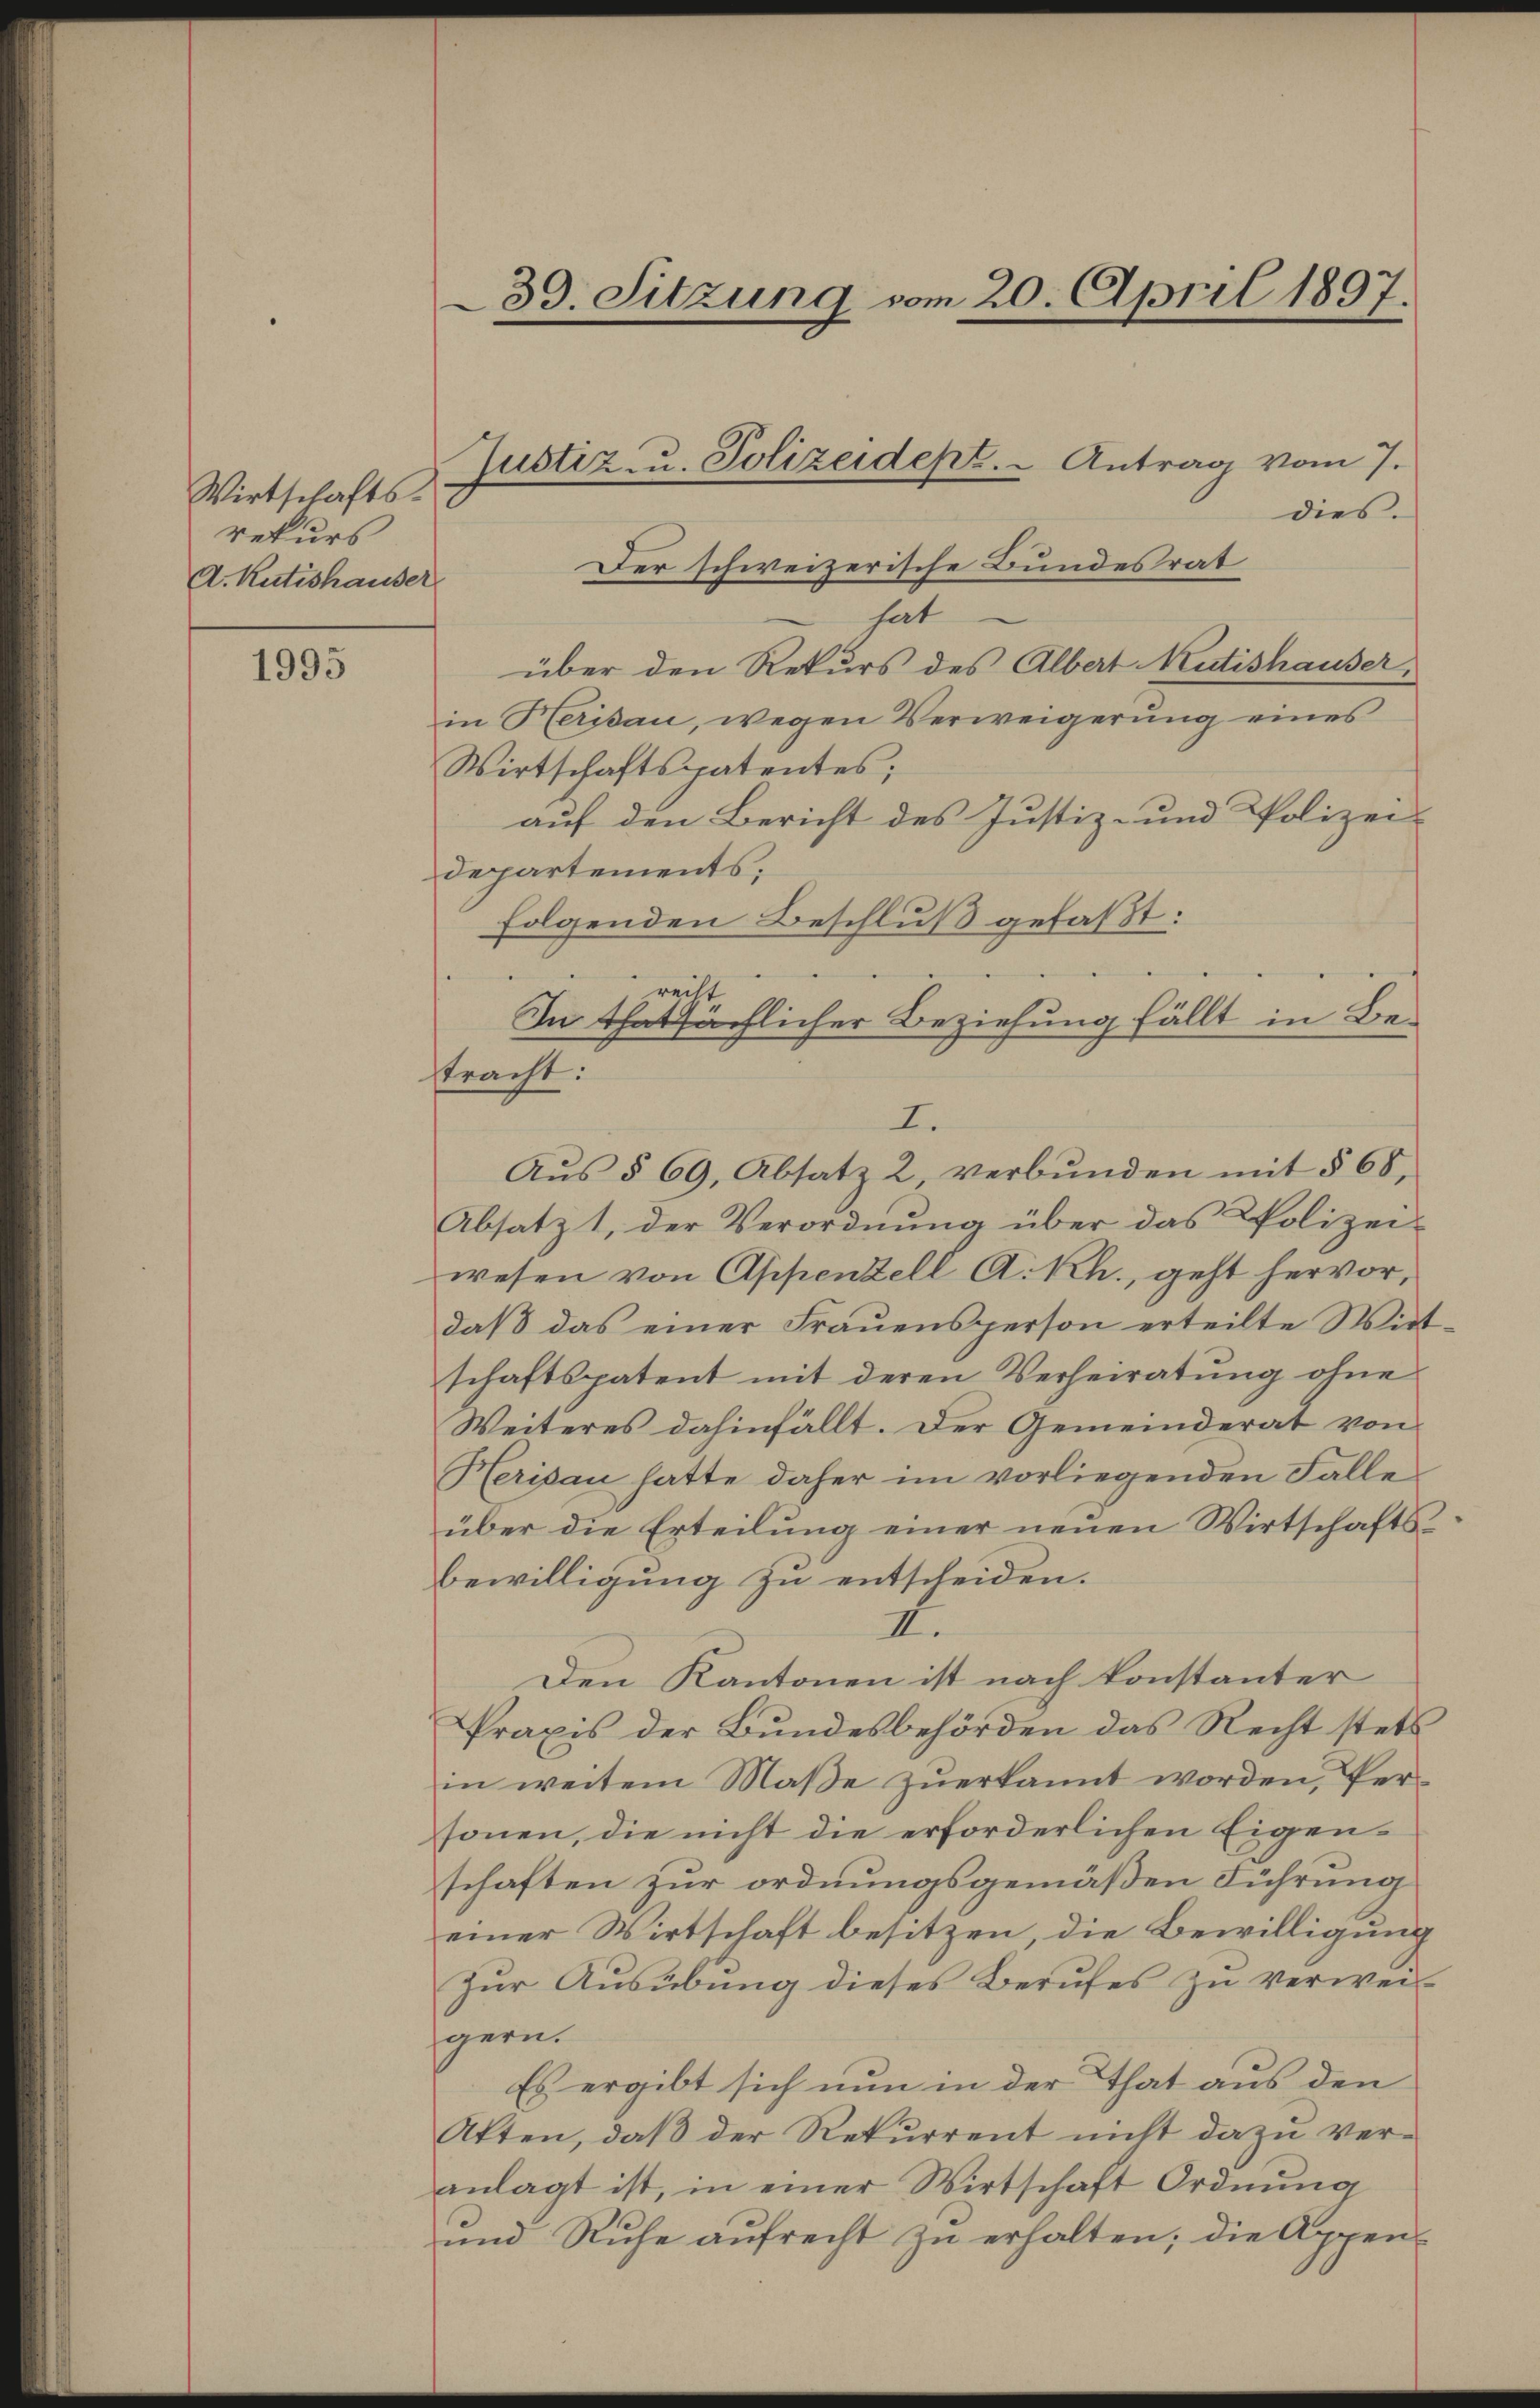
Wirtschafts-
rekurs
A. Rütishauser

1995

39. Sitzung vom 20. April 1897.

dies
Der schweizerische Bundesrat
hat
über den Rekurs des Albert Mutishauser,
in Herisau, wegen Verweigerung eines
Wirtschaftspatentes;
auf den Bericht des Justiz- und Polizeidepartements;
folgenden Beschluß gefaßt:
recht
In thatsächlicher Beziehung fällt in Betracht:

Justiz u. Polizeidept. - Antrag vom 7.

I.
Aŭs § 69, Absatz 2, verbŭnden mit § 68,

Absatz 1, der Verordnung über das Polizei-
wesen von Appenzell A.Rh., geht hervor,
daβ das einer Fraŭensperson erteilte Wirt-
schaftspatent mit deren Verheiratung ohne
Weiteres dahinfällt. Der Gemeinderat von
Herisau hatte daher im vorliegenden Falle
über die Erteilung einer neuen Wirtschafts¬
Bewilligung zu entscheiden.
1.
Den Kantonen ist nach konstanter
Praxis der Bundesbehörden das Recht stets
in weitem Maße zuerkannt worden, Personen, die nicht die erforderlichen Eigenschaften zur ordnungsgemäßen Führung
einer Wirtschaft besitzen, die Bewilligung
Zur Ausübung dieses Berufes zu verweigern.
Es ergibt sich nun in der That aus den
Atten, daß der Rekurrent nicht dazu veranlagt ist, in einer Wirtschaft Ordnung
und Ruhe aŭfrecht zŭ erhalten; die Appen-